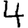
Digit: 4